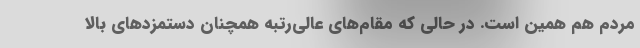
مردم هم همین است. در حالی که مقام‌های عالی‌رتبه همچنان دستمزدهای بالا